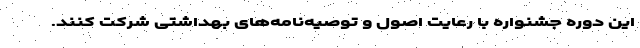
این دوره جشنواره با رعایت اصول و توصیه‌نامه‌های بهداشتی شرکت ‌کنند.